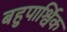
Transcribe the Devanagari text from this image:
बहुपार्श्विक